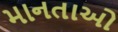
માનતાઓ